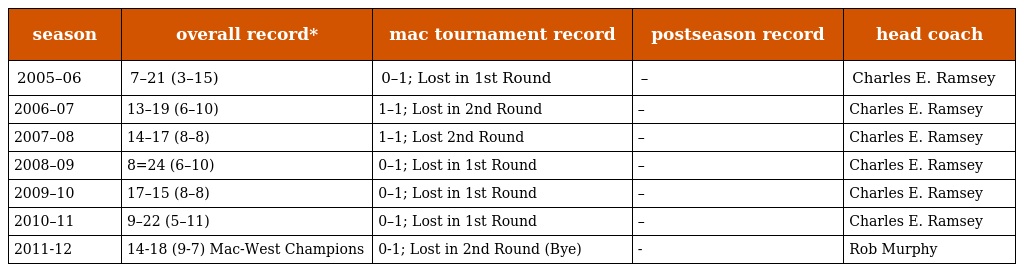
| season | overall record* | mac tournament record | postseason record | head coach |
 | --- | --- | --- | --- | --- |
 | 2005–06 | 7–21 (3–15) | 0–1; Lost in 1st Round | – | Charles E. Ramsey |
 | 2006–07 | 13–19 (6–10) | 1–1; Lost in 2nd Round | – | Charles E. Ramsey |
 | 2007–08 | 14–17 (8–8) | 1–1; Lost 2nd Round | – | Charles E. Ramsey |
 | 2008–09 | 8=24 (6–10) | 0–1; Lost in 1st Round | – | Charles E. Ramsey |
 | 2009–10 | 17–15 (8–8) | 0–1; Lost in 1st Round | – | Charles E. Ramsey |
 | 2010–11 | 9–22 (5–11) | 0–1; Lost in 1st Round | – | Charles E. Ramsey |
 | 2011-12 | 14-18 (9-7) Mac-West Champions | 0-1; Lost in 2nd Round (Bye) | - | Rob Murphy |